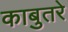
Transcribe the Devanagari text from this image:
काबुतरे